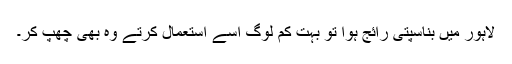
لاہور میں بناسپتی رائج ہوا تو بہت کم لوگ اسے استعمال کرتے وہ بھی چھپ کر۔